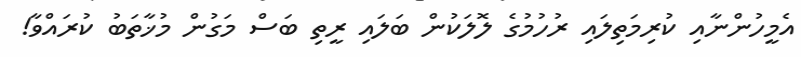
އެމީހުންނާއި ކުރިމަތިލައި ރުހުމުގެ ލޮލަކުން ބަލައި ރީތި ބަސް މަގުން މުޚާތަބު ކުރައްވާ!